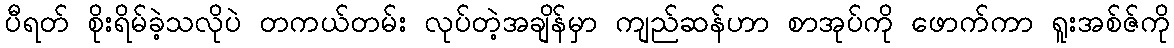
ပီရတ် စိုးရိမ်ခဲ့သလိုပဲ တကယ်တမ်း လုပ်တဲ့အချိန်မှာ ကျည်ဆန်ဟာ စာအုပ်ကို ဖောက်ကာ ရူးအစ်ဇ်ကို